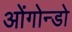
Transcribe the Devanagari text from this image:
ओंगोन्डो